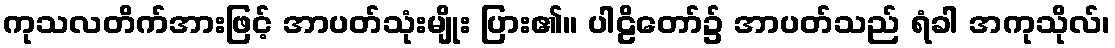
ကုသလတိက်အားဖြင့် အာပတ်သုံးမျိုး ပြား၏။ ပါဠိတော်၌ အာပတ်သည် ရံခါ အကုသိုလ်၊